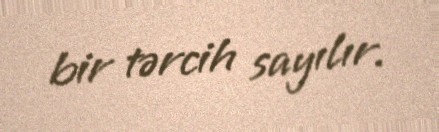
bir tərcih sayılır.